Civil Veterinary Department Bihar reports 1940-50 - 1940-1950
Year: 1940
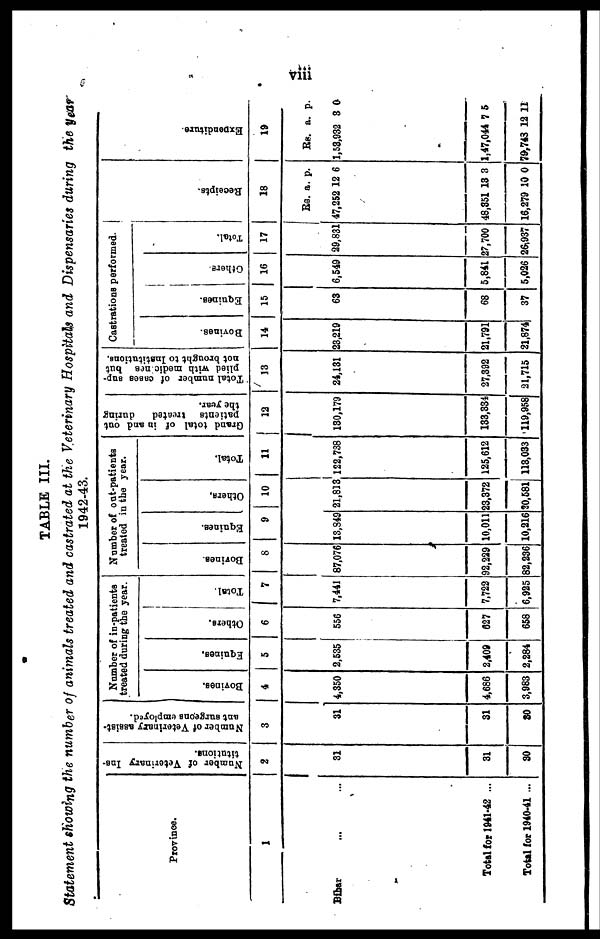
viii
TABLE III.
Statement showing the number of animals treated and castrated at the Veterinary Hospitals and Dispensaries during the year
1942-43.
Province.
1
Bihar ... ...
Total for 1941-42 ...
Total for 1940-41 ...
Number of Veterinary Ins-
titutions.
2
31
31
30
Number of Veterinary assist-
ant surgeons employed.
3
31
31
80
Number of in-patients
treated during the year.
Bovines.
4
4,350
4,686
3,983
Equines.
5
2,535
2,409
2,284
Others.
6
556
627
658
Total.
7
7,441
7,722
6,925
Number of out-patients
treated in the year.
Bovines.
8
87,076
92,229
82,236
Equines.
9
13,349
10,011
10,216
Others.
10
21,813
23,372
20,581
Total.
11
122,738
125,612
118,033
Grand total of in and out
patients treated
during
the year.
12
130,179
133,334
119,958
Total number of cases sup-
plied with medicines but
not brought to Institutions.
13
24,131
27,392
21,715
Castrations performed.
Bovines.
14
23,219
21,791
21,874
Equines.
15
63
68
37
Others.
16
6,549
5,841
5,026
Total.
17
29,831
27,700
26,937
Receipts.
18
Rs.
47,252
48,351
16,279
a.
12
13
10
p.
6
3
0
Expe ndi t
ur e .
19
Rs.
1,53,932
1,47,044
79,743
a.
3
7
12
p.
0
5
11